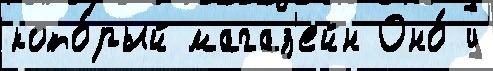
кото́рый магаз'ейн Оно́ у